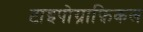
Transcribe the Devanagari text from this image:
टाइपोग्राफ़िकल